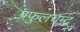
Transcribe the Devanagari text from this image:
प्रफुलचन्द्र